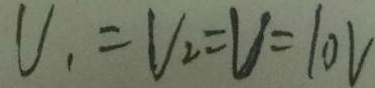
V _ { 1 } = V _ { 2 } = V = 1 0 V